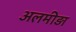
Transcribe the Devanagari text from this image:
अलमीड़ा